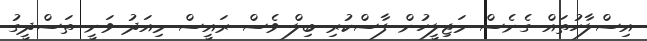
އިސްލާހުތައް ގެނެސް މަޖިލީހުން ފާސްކުރި ބިލް ވެސް ރައީސް މިއަދު ވަނީ ތަސްދީގު